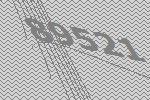
89521